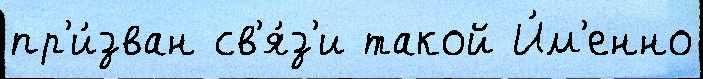
пр'и́зван св'я́з'и такой И́м'енно